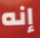
إنه